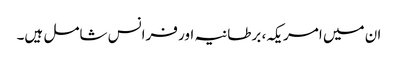
ان میں امریکہ، برطانیہ اور فرانس شامل ہیں۔